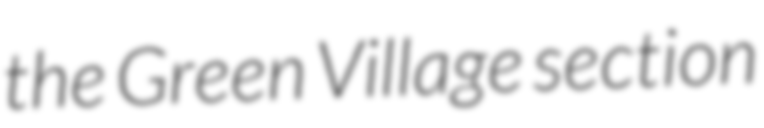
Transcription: the Green Village section